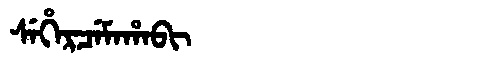
Manchu: ᠰᡝᡥᡝᡵᠴᡝᠮᠠᡥᠠᠪᡳ
Romanization: SEHERCEMAHABI